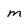
Character: m